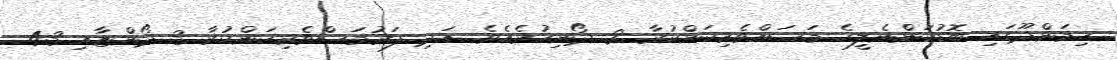
ހިމަންދޫގައި ބޮޑުކަންނެލީގެ މަސައްވެރިކަންކުރާ 2 ދޯނިހުރެއެވެ. އަދި ފަރުމަސްވެރިކަންކުރާ 3 ދޯންޏާއި 43